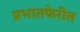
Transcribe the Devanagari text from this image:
प्रभातफेरीत